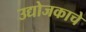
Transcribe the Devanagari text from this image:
उद्योजकाचे